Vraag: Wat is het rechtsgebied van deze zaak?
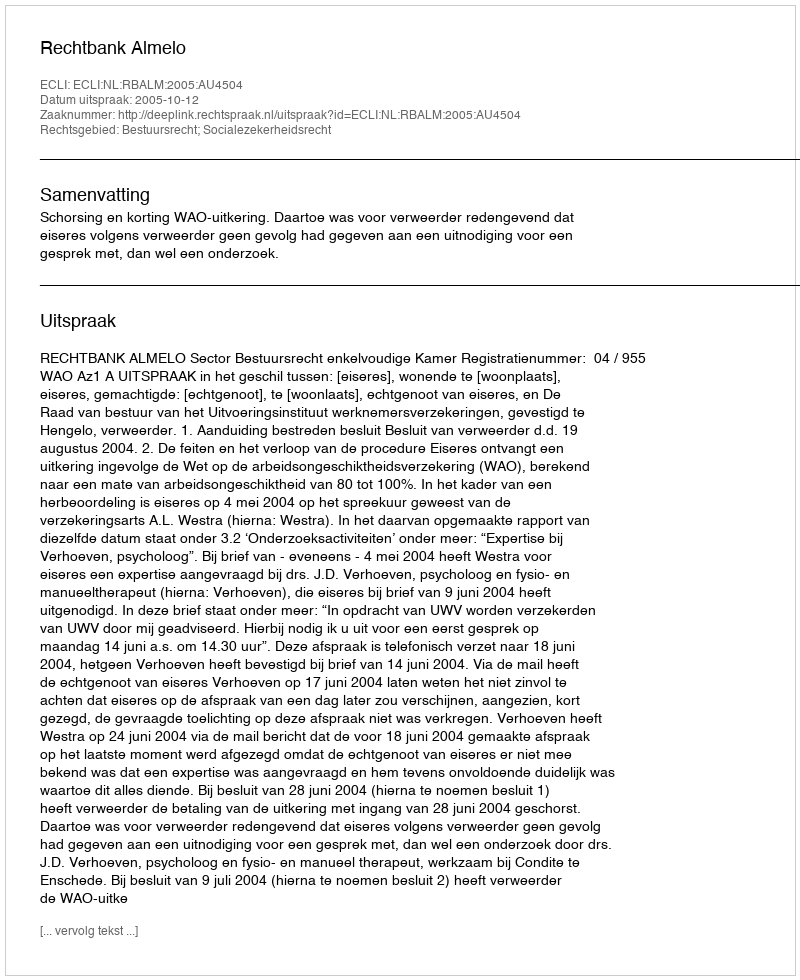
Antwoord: Bestuursrecht; Socialezekerheidsrecht